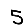
Digit: 5